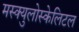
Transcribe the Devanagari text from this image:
मस्क्युलोस्केलिटल